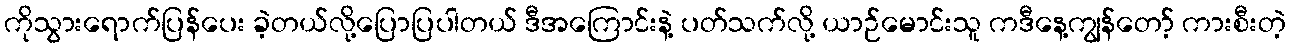
ကိုသွားရောက်ပြန်ပေး ခဲ့တယ်လို့ပြောပြပါတယ် ဒီအကြောင်းနဲ့ ပတ်သက်လို့ ယာဉ်မောင်းသူ ကဒီနေ့ကျွန်တော့် ကားစီးတဲ့